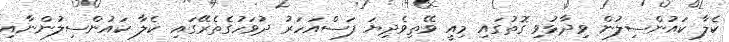
ކެލާ ކައުންސިލުން ވިދާޅުވި ގޮތުގައި މިއީ ވޭތިވެދިޔަ ފަސްއަހަރު ދުވަހުގެތެރޭގައި ކެލާ ކައުންސިލުންނާއި